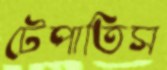
টেপাতিস